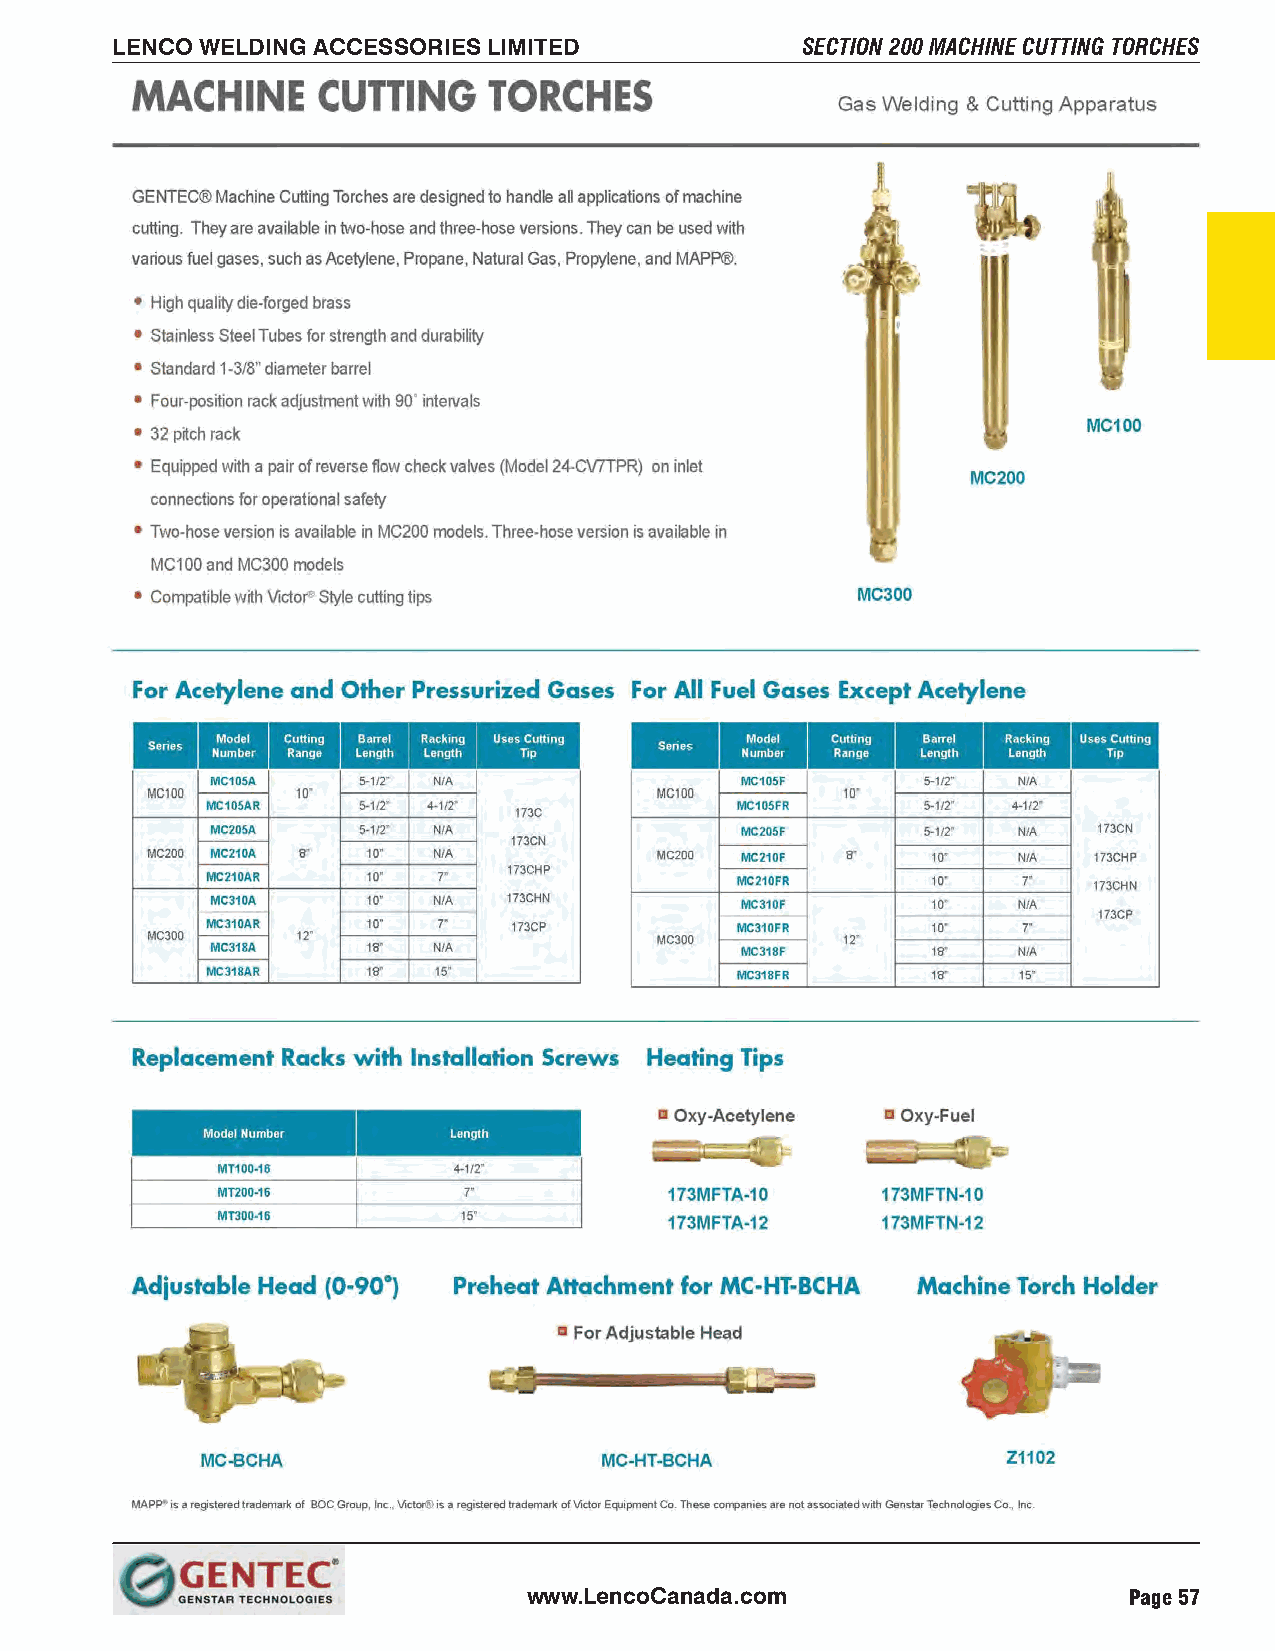
LENCO WELDING ACCESSORIES LIMITED             SECTION 200 MACHINE CUTTING TORCHES
 www.LencoCanada.com                     Page 57